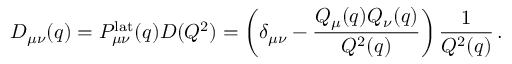
D _ { \mu \nu } ( q ) = P _ { \mu \nu } ^ { \mathrm { l a t } } ( q ) D ( Q ^ { 2 } ) = \left( \delta _ { \mu \nu } - \frac { Q _ { \mu } ( q ) Q _ { \nu } ( q ) } { Q ^ { 2 } ( q ) } \right) \frac { 1 } { Q ^ { 2 } ( q ) } \, .